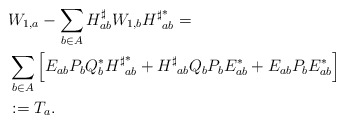
\begin{align*}\begin{aligned}&W_{1,a}-\sum_{b\in A}{{H}^{\sharp}_{ab}W_{1,b}{{H}^{\sharp}}_{ab}^{\ast}}=\\&\sum_{b\in A}{\left[ E_{ab}P_b Q_b^{\ast}{{H}^{\sharp}}_{ab}^{\ast}+{{H}^{\sharp}}_{ab}Q_b P_b{E}_{ab}^{\ast}+ E_{ab}P_b{E}_{ab}^{\ast}\right]}\\ &:=T_a.\end{aligned}\end{align*}